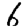
Digit: 6